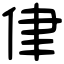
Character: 侓